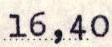
16,40